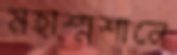
মহাশ্মশানে